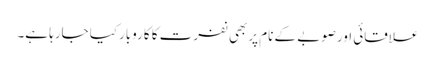
علاقائی اورصوبے کے نام پربھی نفرت کا کاروبارکیا جارہا ہے۔